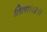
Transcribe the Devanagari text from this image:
तिला।।३।।